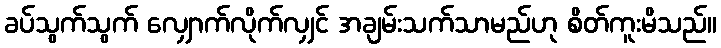
ခပ်သွက်သွက် လျှောက်လိုက်လျှင် အချမ်းသက်သာမည်ဟု စိတ်ကူးမိသည်။